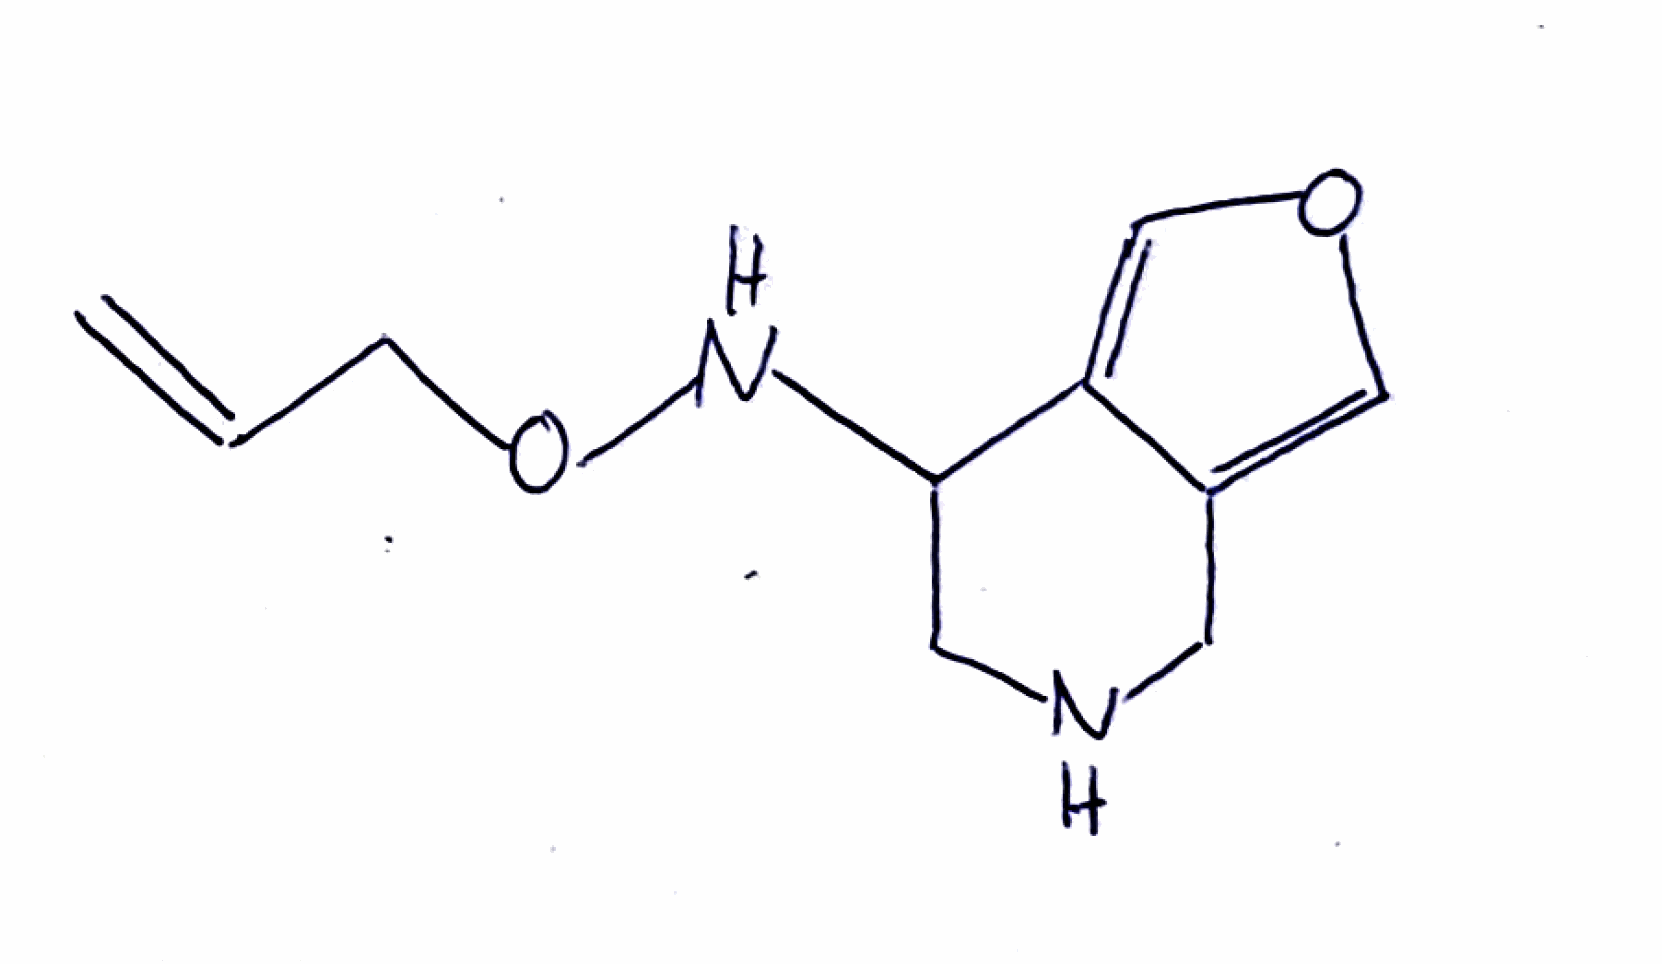
Simplified molecular-input line-entry system (SMILES) notation of the given molecule:
C=CCONC1CNCC2=COC=C12